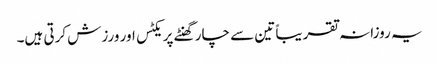
یہ روزانہ تقریباً تین سے چار گھنٹے پریکٹس اور ورزش کرتی ہیں۔